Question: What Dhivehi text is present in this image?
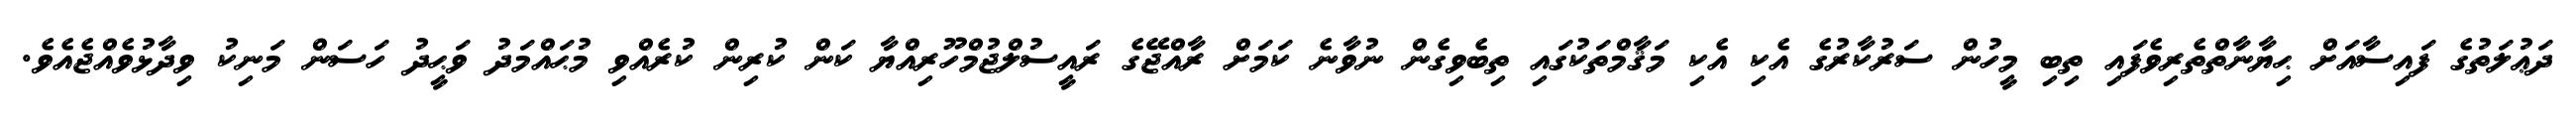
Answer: ދަޢުލަތުގެ ފައިސާއަށް ޙިޔާނާތްތެރިވެފައި ތިބި މީހުން ސަރުކާރުގެ އެކި އެކި މަޤާމްތަކުގައި ތިބެވިގެން ނުވާނެ ކަމަށް ރާއްޖޭގެ ރައީސުލްޖުމްހޫރިއްޔާ ކަން ކުރިން ކުރެއްވި މުޙައްމަދު ވަޙީދު ހަސަން މަނިކު ވިދާޅުވެއްޖެއެވެ.